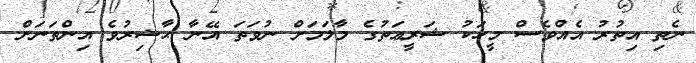
ނެތި އިތުރު އެއްވެސް މީހަކު ޝަރީޢަތުގެ މާލަމަށް ނުވަތަ އޭނާ ޙާޟިރުވެ އިންތަނަށް